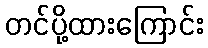
တင်ပို့ထားကြောင်း